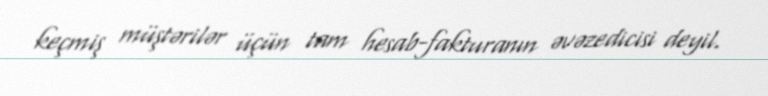
keçmiş müştərilər üçün tam hesab-fakturanın əvəzedicisi deyil.